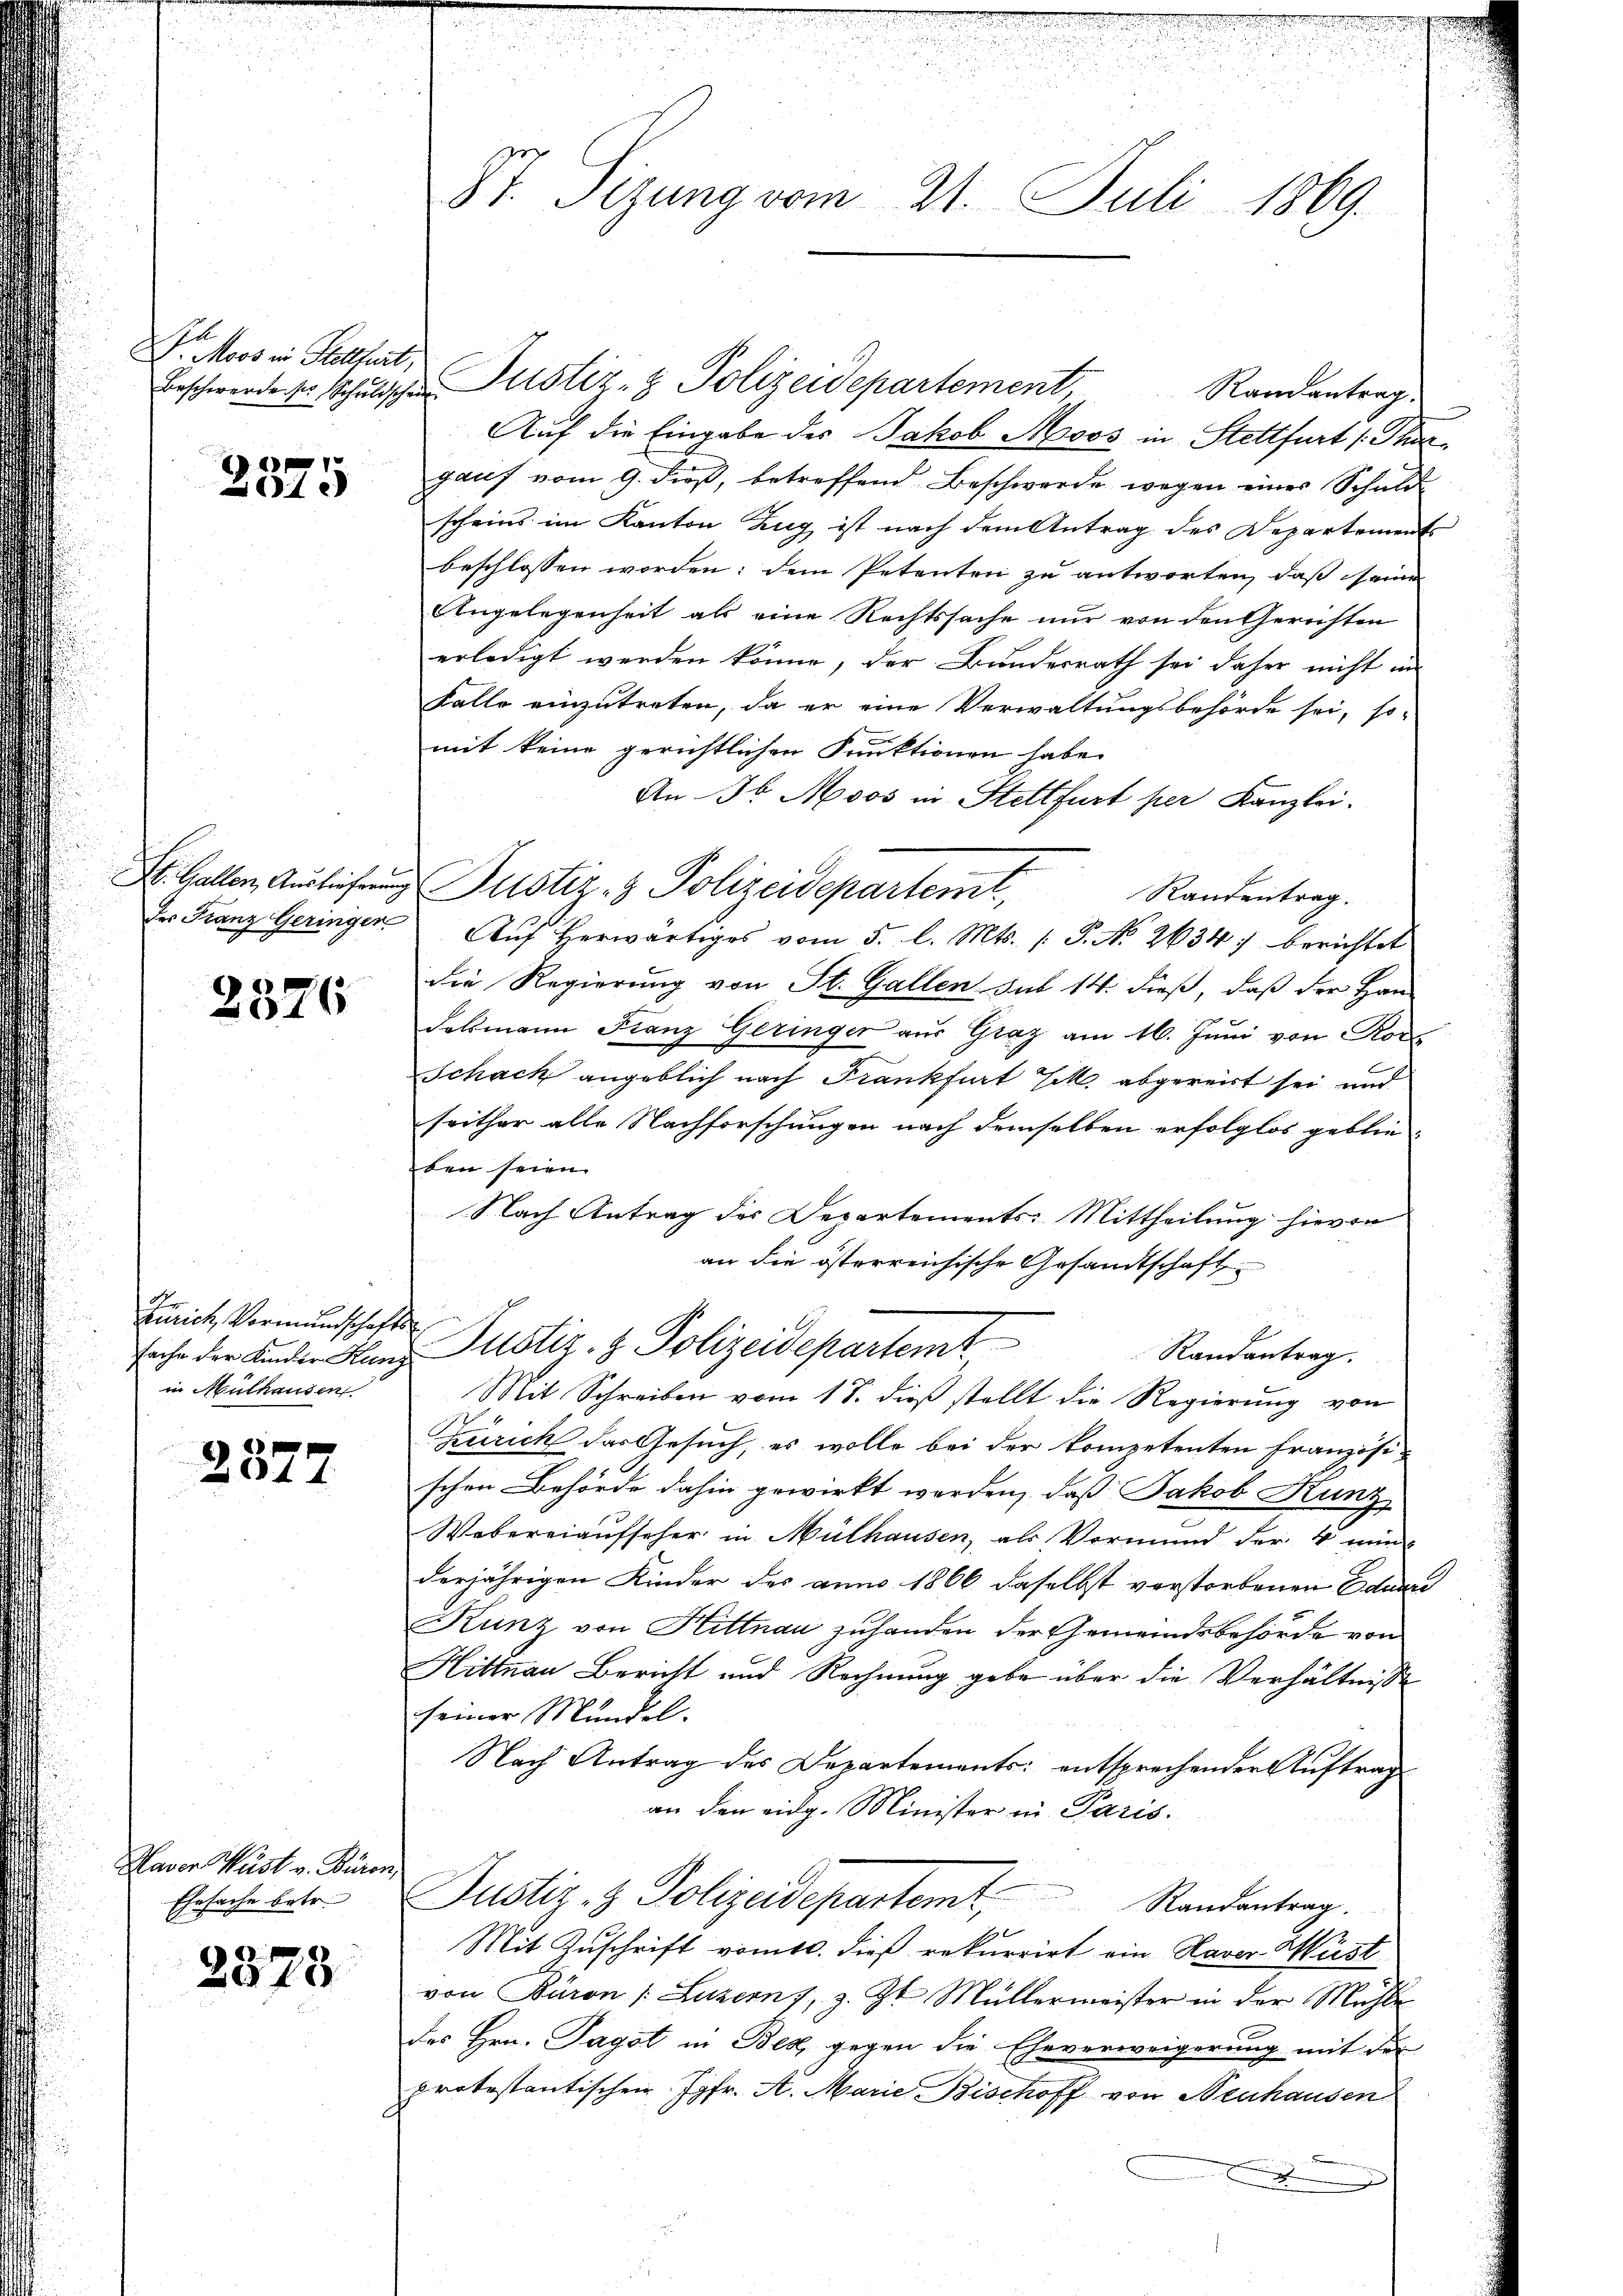
e
V. Moos in Stettlert,

1
e

2376

Zürich, Vormundschafts
in Mülhausen

2377

Naver Wüst v. Baron
Ehesache betr.

2378

Beschwerde ser Schuldschen Justiz- & Polizeidepartement,
Randantrag.
Auf die Eingabe des Jakob Moos in Stettfurt (Thurgauf vom 9. dieβ, betreffend Beschwerde wegen einer Schuld-
scheins im Kanton Zug ist nach dem Antrag des Departements
beschlossen worden; dem Petenten zu antworten, daß seine
Angelegenheit als eine Rechtssache nur von den Gerichten
erledigt werden könne, der Bundesrath sei daher nicht in
Falle einzutreten, da er eine Verwaltungsbehörde sei, so-
mit keine gerichtlichen Funktionen habe.
An 36 Moos in Stettfurt per Kanzlei-
St. Gallen, Ausler Justiz- & Polizeidepartemt,
Randentrag.
der Franz Geringer Aŭf herwärtiges vom 5. l. Mts. (T. No 2634) berichtet
Die Regierung von St. Gallen. Sub 14. dieß, daß der Han-
dalmann Franz Geringer aus Graz am 16. Juni von Ro
Schack angeblich nach Frankfurt Tit. abgereist sei und
seither alle Nachforschungen nach demselben erfolglos geblieden seien.
Nach Antrag des Departements: Mittheilung hievon
an die österreichische Gesandtschaft
sache der Kinder Glanz Justiz- & Polizeidepartemt
Randantrag.
Mit Schreiben vom 18. dieß stellt die Regierung von
Zürich das Gesuch, es wolle bei der kompetenten Französischen Behörde dahin gewirkt werden, daß Jakob Runz
Webereiaufscher in Mülhausen, als Vormund der 4 min
derjährigen Kinder des anno 1866 daselbst verstorbenen Eduard
Kunz von Hittnau zuhanden der Gemeindsbehörde von
Hittnau Bericht und Rechnung gebe über die Verhältnisse
seiner Mündel.
Nach Antrag des Departements: entsprechenden Aŭftrag
an den eidg. Minister in Paris.
Justiz- & Polizeidepartemt,
Randantrag.
Mit Zuschrift vomtl. dieß rekurrirt ein Haver Must
von Baron /: Luzern 7, z. Zt. Müllermeister in der Mühle
des Hrn. Tagst in Bez, gegen die Eheverweigerung mit der
protestantischen Jgfr. A. Marie Bischoff von Neuhausen
d

87. Sizung vom 21. Juli 1869.